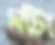
ঘাঁটা